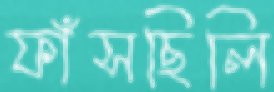
ফাঁসছিলি